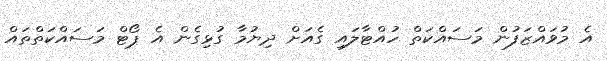
އެ މުވައްޒަފުން މަސައްކަތް ހުއްޓާލައި ގެއަށް ދިޔުމާ ގުޅިގެން އެ ޕޯޓް މަސައްކަތްތައް